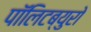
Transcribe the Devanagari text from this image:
पॉलिटब्युरो